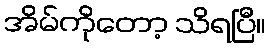
အိမ်ကိုတော့ သိရပြီ။